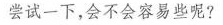
尝试一下，会不会容易些呢?]